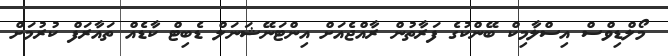
މޯލްޑިވްސް އިސްލާމިކް ބޭންކުގެ ފަރާތުން ރާއްޖެއަށް އިންޓަނޭޝަނަލް ޑެބިޓް ކާޑެއް ތައާރަފް ކުރުމަށް